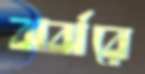
ঝর্ঝরে